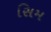
સિમ